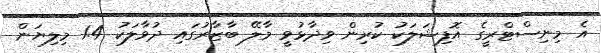
އެ މިނިސްޓްރީގެ އޮފިޝަލަކު ކުރިން ވިދާޅުވީ މާލޭ ބާޒާރުގައި ދުވާލަކު 1.4 މިލިޔަން